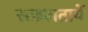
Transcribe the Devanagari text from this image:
सफ़लतायें